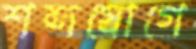
শব্দযোগে